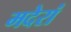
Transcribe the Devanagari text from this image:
मदेरां